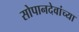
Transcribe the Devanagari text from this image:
सोपानदेवांच्या